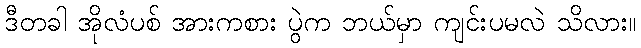
ဒီတခါ အိုလံပစ် အားကစား ပွဲက ဘယ်မှာ ကျင်းပမလဲ သိလား။